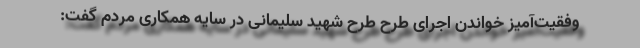
وفقیت‌آمیز خواندن اجرای طرح طرح شهید سلیمانی در سایه همکاری مردم گفت: